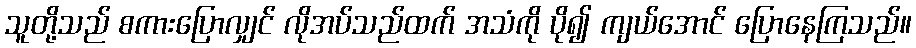
သူတို့သည် စကားပြောလျှင် လိုအပ်သည်ထက် အသံကို ပို၍ ကျယ်အောင် ပြောနေကြသည်။